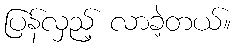
ပြန်လှည့် လာခဲ့တယ်။